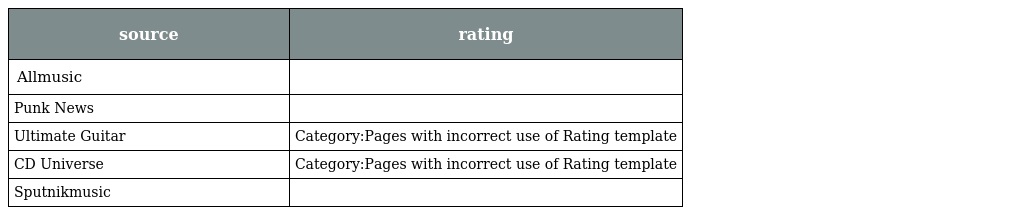
| source | rating |
 | --- | --- |
 | Allmusic |  |
 | Punk News |  |
 | Ultimate Guitar | Category:Pages with incorrect use of Rating template |
 | CD Universe | Category:Pages with incorrect use of Rating template |
 | Sputnikmusic |  |